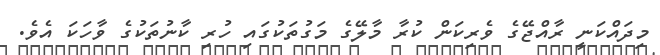
މިދައްކަނީ ރާއްޖޭގެ ވެރިކަން ކުރާ މާލޭގެ މަގުތަކުގައި ހުރި ކާނުތަކުގެ ވާހަކަ އެވެ.